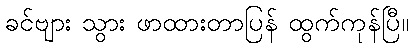
ခင်ဗျား သွား ဖာထားတာပြန် ထွက်ကုန်ပြီ။